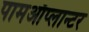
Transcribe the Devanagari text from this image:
पामऑप्लान्टर